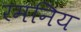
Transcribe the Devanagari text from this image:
रमनिय